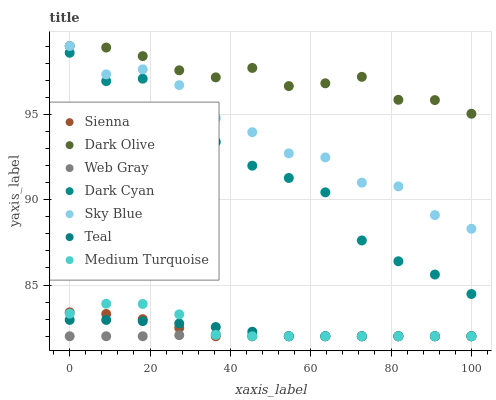
| xaxis_label | Sienna | Dark Olive | Web Gray | Dark Cyan | Sky Blue | Teal | Medium Turquoise |
 | --- | --- | --- | --- | --- | --- | --- | --- |
 | 0 | 83.4 | 99 | 82 | 98.6 | 99 | 83 | 83.3 |
 | 9.09 | 83.3 | 98.9 | 82 | 96.9 | 97.3 | 83 | 83.9 |
 | 18.2 | 83 | 98.4 | 82 | 97.1 | 97.6 | 82.9 | 83.9 |
 | 27.3 | 82.5 | 97.6 | 82.1 | 94.6 | 96.7 | 82.7 | 83.3 |
 | 36.4 | 82 | 97.2 | 82.1 | 93.4 | 94.8 | 82.5 | 82.1 |
 | 45.5 | 82 | 97.7 | 82 | 92 | 94 | 82.3 | 82 |
 | 54.5 | 82 | 96.7 | 82 | 91.3 | 92.7 | 82 | 82 |
 | 63.6 | 82 | 96.8 | 82 | 90.4 | 92.5 | 82 | 82 |
 | 72.7 | 82 | 97.2 | 82 | 87.6 | 91 | 82 | 82 |
 | 81.8 | 82 | 95.8 | 82 | 86.4 | 90.8 | 82 | 82 |
 | 90.9 | 82 | 95.8 | 82 | 85.6 | 89.1 | 82 | 82 |
 | 100 | 82 | 95 | 82 | 84.5 | 88.3 | 82 | 82 |